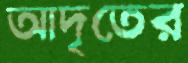
আদৃতের